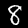
Label: 8